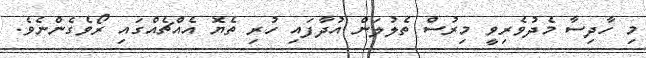
މި ހާދިސާ މެދުވެރިވީ މިރުސް ތެލުލަން އުދާފައި ހުރި ތެޔޮ އެއްޗެއްގައި ރޯވެގެންނެވެ.